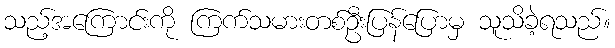
သည့်အကြောင်းကို ကြက်သမားတစ်ဦးပြန်ပြောမှ သူသိခဲ့ရသည်။